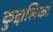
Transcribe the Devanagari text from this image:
कुद्दालिकां